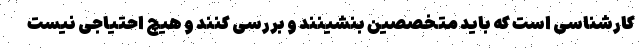
کارشناسی است که باید متخصصین بنشینند و بررسی کنند و هیچ احتیاجی نیست